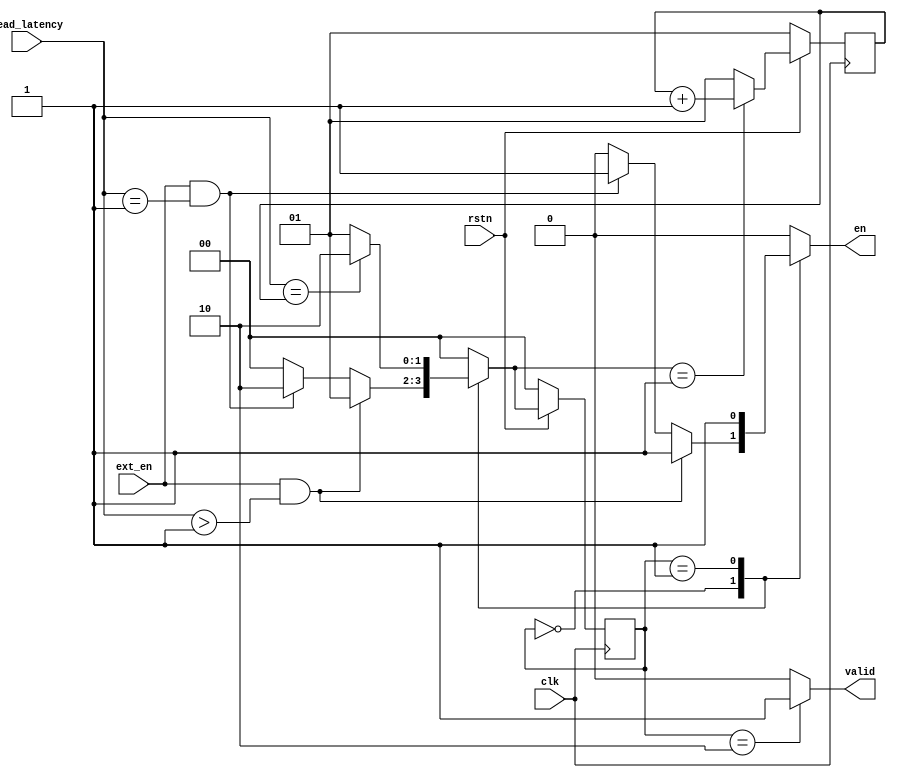
`timescale 1ns / 1ps
//////////////////////////////////////////////////////////////////////////////////
// Company: 
// Engineer: 
// 
// Design Name: 
// Module Name: blkmem_wrapper
// Project Name: 
// Target Devices: 
// Tool Versions: 
// Description: 
// 
// Dependencies: 
// 
// Revision:
// Revision 0.01 - File Created
// Additional Comments:
// 
//////////////////////////////////////////////////////////////////////////////////

module blkmem_wrapper #(
    parameter READ_LATENCY =3
)
(
    input  clk,
    input  rstn,
    input ext_en,
    input [1:0] read_latency,
    output reg en,
    output reg valid
);

    
localparam IDLE=2'd0,
           WAIT=2'd1,
           READ=2'd2;
               
reg [1:0] cstate;
reg [1:0] nstate;
reg [1:0] wait_counter;


//FSM
always @(posedge clk) begin
    if(!rstn) 
        cstate <= IDLE;
    else 
        cstate <= nstate;
end
   
always @(*) begin
    case(cstate)
    IDLE: begin
        if(ext_en == 1'b1 && read_latency > 2'd1) begin
            nstate = WAIT;
            en = 1'd1;
            valid = 1'd0;  
        end
        else if(ext_en == 1'b1 && read_latency == 2'd1) begin
            nstate = READ;
            en = 1'd1;
            valid = 1'd0;
        end
        else begin
            nstate = IDLE;
            en = 1'd0;
            valid = 1'd0;
        end
    end
    
    WAIT: begin
        if(read_latency == wait_counter) begin
            nstate = READ;
            en = 1'd1;
            valid = 1'd0;
        end
        else begin
            nstate = WAIT;
            en = 1'd1;
            valid = 1'd0;
        end
    end
    
    READ: begin
        nstate = IDLE;
        en = 1'd0;
        valid = 1'd1;
    end
    
    default: begin
        nstate = IDLE;
        en = 1'd0;
        valid = 1'd0;
    end
    endcase 
end

//wait counter
always@ (posedge clk) begin
    if(!rstn)
        wait_counter <= 2'd1;
    else if(nstate == WAIT)
        wait_counter <= wait_counter + 1'd1;
    else
        wait_counter <= 2'd1;
end

endmodule